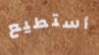
أستطيع